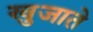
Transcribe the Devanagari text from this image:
खुजाते